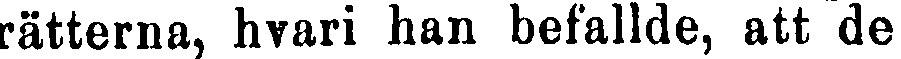
rätterna, hvari han befallde, att de